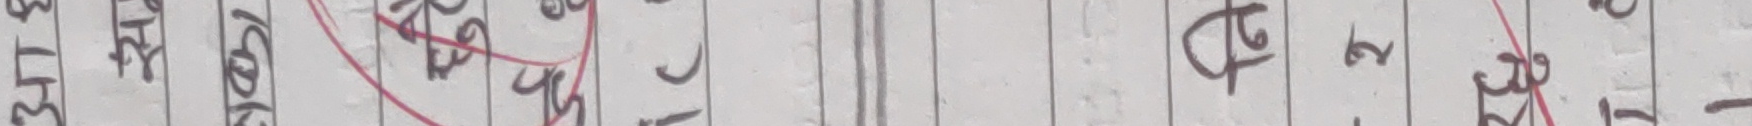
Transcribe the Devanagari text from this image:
अतिशय रोमकल्प २५ पं ट २ ग ३२ १